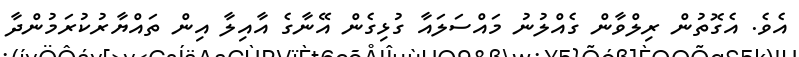
އެވެ. އެގޮތުން ރިލްވާން ގެއްލުނު މައްސަލައާ ގުޅިގެން އޭނާގެ އާއިލާ އިން ތައްޔާރުކުރަމުންދާ